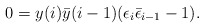
\begin{align*}0= y(i) \bar{y}(i-1)(\epsilon_i \bar{\epsilon}_{i-1} -1).\end{align*}